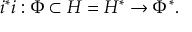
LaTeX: i ^ { * } i : \Phi \subset H = H ^ { * } \to \Phi ^ { * } .